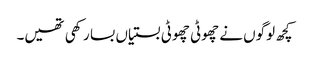
کچھ لوگوں نے چھوٹی چھوٹی بستیاں بسا رکھی تھیں۔